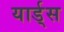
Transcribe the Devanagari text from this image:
यार्ड्‌स